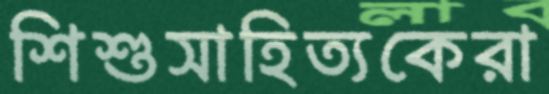
শিশুসাহিত্যকেরা